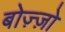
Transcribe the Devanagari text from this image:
बोज़्ज़ो